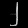
Digit: ၂